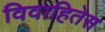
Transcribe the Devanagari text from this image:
विवाहितेस